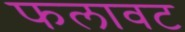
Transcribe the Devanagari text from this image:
फलावट